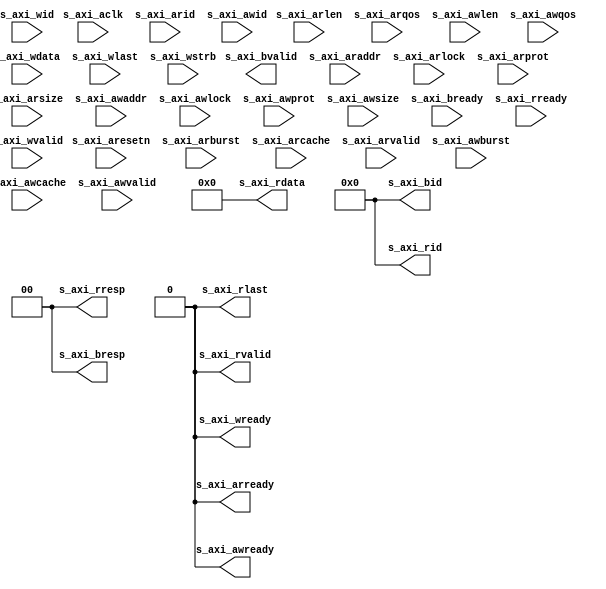
module axislave_stub (/*AUTOARG*/
   // Outputs
   s_axi_arready, s_axi_awready, s_axi_bid, s_axi_bresp, s_axi_bvalid,
   s_axi_rid, s_axi_rdata, s_axi_rlast, s_axi_rresp, s_axi_rvalid,
   s_axi_wready,
   // Inputs
   s_axi_aclk, s_axi_aresetn, s_axi_arid, s_axi_araddr, s_axi_arburst,
   s_axi_arcache, s_axi_arlock, s_axi_arlen, s_axi_arprot,
   s_axi_arqos, s_axi_arsize, s_axi_arvalid, s_axi_awid, s_axi_awaddr,
   s_axi_awburst, s_axi_awcache, s_axi_awlock, s_axi_awlen,
   s_axi_awprot, s_axi_awqos, s_axi_awsize, s_axi_awvalid,
   s_axi_bready, s_axi_rready, s_axi_wid, s_axi_wdata, s_axi_wlast,
   s_axi_wstrb, s_axi_wvalid
   );

   parameter         S_IDW               = 12;
   
   /*****************************/
   /*AXI slave interface        */
   /*****************************/  
   //Clock and reset
   input 	  s_axi_aclk;
   input 	  s_axi_aresetn;
   
   //Read address channel
   input [S_IDW-1:0] s_axi_arid;    //write address ID
   input [31:0]    s_axi_araddr;
   input [1:0] 	   s_axi_arburst;
   input [3:0] 	   s_axi_arcache;
   input  	   s_axi_arlock;
   input [7:0] 	   s_axi_arlen;
   input [2:0] 	   s_axi_arprot;
   input [3:0] 	   s_axi_arqos;
   output 	   s_axi_arready;
   input [2:0] 	   s_axi_arsize;
   input 	   s_axi_arvalid;
   
   //Write address channel
   input [S_IDW-1:0] s_axi_awid;    //write address ID
   input [31:0]    s_axi_awaddr;
   input [1:0] 	   s_axi_awburst;
   input [3:0] 	   s_axi_awcache;
   input  	   s_axi_awlock;
   input [7:0] 	   s_axi_awlen;
   input [2:0] 	   s_axi_awprot;
   input [3:0] 	   s_axi_awqos;   
   input [2:0] 	   s_axi_awsize;
   input 	   s_axi_awvalid;
   output 	   s_axi_awready;
   
   //Buffered write response channel
   output [S_IDW-1:0] s_axi_bid;    //write address ID
   output [1:0]     s_axi_bresp;
   output 	    s_axi_bvalid;
   input 	    s_axi_bready;
   
   //Read channel
   output [S_IDW-1:0] s_axi_rid;    //write address ID
   output [31:0]      s_axi_rdata;
   output 	      s_axi_rlast;   
   output [1:0]       s_axi_rresp;
   output 	      s_axi_rvalid;
   input 	      s_axi_rready;

   //Write channel
   input [S_IDW-1:0]  s_axi_wid;    //write address ID
   input [31:0]       s_axi_wdata;
   input 	      s_axi_wlast;   
   input [3:0] 	      s_axi_wstrb;
   input 	      s_axi_wvalid;
   output 	      s_axi_wready;

   //read address chanel
   assign s_axi_arready        = 'b0;   

   //write address channel
   assign s_axi_awready        = 'b0;

   //buffered write response
   assign s_axi_bid[S_IDW-1:0] = 'b0;
   assign s_axi_bresp[1:0]     = 'b0;
   
   //read channel
   assign s_axi_rid[S_IDW-1:0] = 'b0;
   assign s_axi_rdata[31:0]    = 'b0;
   assign s_axi_rlast          = 'b0;
   assign s_axi_rresp[1:0]     = 'b0;
   assign s_axi_rvalid         = 'b0;

   //write channel
   assign s_axi_wready         = 'b0;
   
   
endmodule